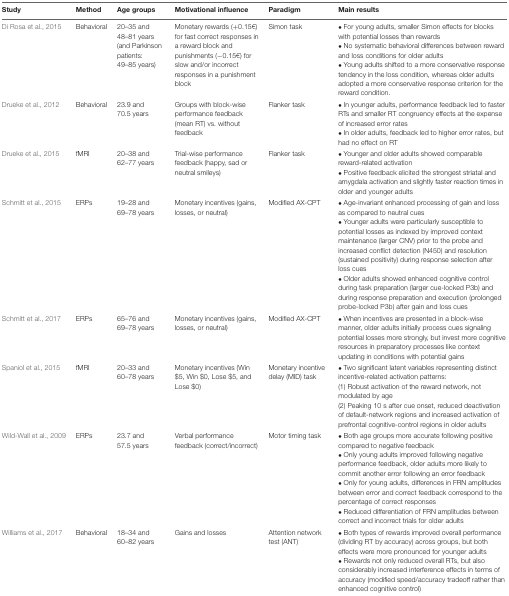
<table><thead><tr><td><b>Study</b></td><td><b>Method</b></td><td><b>Age groups</b></td><td><b>Motivational influence</b></td><td><b>Paradigm</b></td><td><b>Main results</b></td></tr></thead><tbody><tr><td>Di Rosa et al., 2015</td><td>Behavioral</td><td>20–35 and 48–81 years (and Parkinson patients: 49–85 years)</td><td>Monetary rewards (+0.15€) for fast correct responses in a reward block and punishments (-0.15€) for slow and/or incorrect responses in a punishment block</td><td>Simon task</td><td>• For young adults, smaller Simon effects for blocks with potential losses than rewards• No systematic behavioral differences between reward and loss conditions for older adults• Young adults shifted to a more conservative response tendency in the loss condition, whereas older adults adopted a more conservative response criterion for the reward condition.</td></tr><tr><td>Drueke et al., 2012</td><td>Behavioral</td><td>23.9 and 70.5 years</td><td>Groups with block-wise performance feedback (mean RT) vs. without feedback</td><td>Flanker task</td><td>• In younger adults, performance feedback led to faster RTs and smaller RT congruency effects at the expense of increased error rates• In older adults, feedback led to higher error rates, but had no effect on RT</td></tr><tr><td>Drueke et al., 2015</td><td>fMRI</td><td>20–38 and 62–77 years</td><td>Trial-wise performance feedback (happy, sad or neutral smileys)</td><td>Flanker task</td><td>• Younger and older adults showed comparable reward-related activation• Positive feedback elicited the strongest striatal and amygdala activation and slightly faster reaction times in older and younger adults</td></tr><tr><td>Schmitt et al., 2015</td><td>ERPs</td><td>19–28 and 69–78 years</td><td>Monetary incentives (gains, losses, or neutral)</td><td>Modified AX-CPT</td><td>• Age-invariant enhanced processing of gain and loss as compared to neutral cues• Younger adults were particularly susceptible to potential losses as indexed by improved context maintenance (larger CNV) prior to the probe and increased conflict detection (N450) and resolution (sustained positivity) during response selection after loss cues• Older adults showed enhanced cognitive control during task preparation (larger cue-locked P3b) and during response preparation and execution (prolonged probe-locked P3b) after gain and loss cues</td></tr><tr><td>Schmitt et al., 2017</td><td>ERPs</td><td>65–76 and 69–78 years</td><td>Monetary incentives (gains, losses, or neutral)</td><td>Modified AX-CPT</td><td>• When incentives are presented in a block-wise manner, older adults initially process cues signaling potential losses more strongly, but invest more cognitive resources in preparatory processes like context updating in conditions with potential gains</td></tr><tr><td>Spaniol et al., 2015</td><td>fMRI</td><td>20–33 and 60–78 years</td><td>Monetary incentives (Win $5, Win $0, Lose $5, and Lose $0)</td><td>Monetary incentive delay (MID) task</td><td>• Two significant latent variables representing distinct incentive-related activation patterns:(1) Robust activation of the reward network, not modulated by age(2) Peaking 10 s after cue onset, reduced deactivation of default-network regions and increased activation of prefrontal cognitive-control regions in older adults</td></tr><tr><td>Wild-Wall et al., 2009</td><td>ERPs</td><td>23.7 and 57.5 years</td><td>Verbal performance feedback (correct/incorrect)</td><td>Motor timing task</td><td>• Both age groups more accurate following positive compared to negative feedback• Only young adults improved following negative performance feedback, older adults more likely to commit another error following an error feedback• Only for young adults, differences in FRN amplitudes between error and correct feedback correspond to the percentage of correct responses• Reduced differentiation of FRN amplitudes between correct and incorrect trials for older adults</td></tr><tr><td>Williams et al., 2017</td><td>Behavioral</td><td>18–34 and 60–82 years</td><td>Gains and losses</td><td>Attention network test (ANT)</td><td>• Both types of rewards improved overall performance (dividing RT by accuracy) across groups, but both effects were more pronounced for younger adults• Rewards not only reduced overall RTs, but also considerably increased interference effects in terms of accuracy (modified speed/accuracy tradeoff rather than enhanced cognitive control)</td></tr></tbody></table>